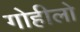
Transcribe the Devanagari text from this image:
गोहीलो